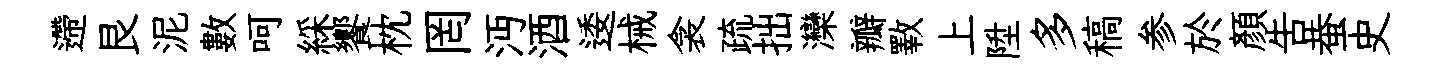
遰艮泥數呵綵饗枕罔沔酒逶械衾疏拙灤瓣斁上陞多稿参於顏告蛬史